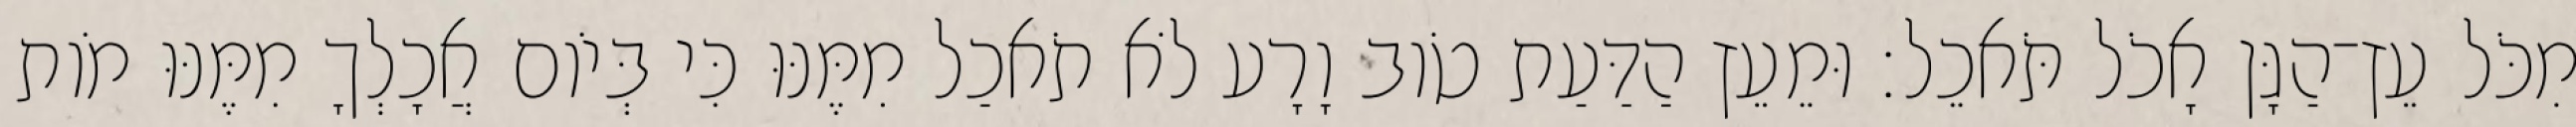
מִכֹּל עֵץ־הַגָּן אָכֹל תֹּאכֵל׃ וּמֵעֵץ הַדַּעַת טֹוב וָרָע לֹא תֹאכַל מִמֶּנּוּ כִּי בְּיֹום אֲכָלְךָ מִמֶּנּוּ מֹות